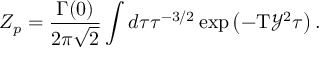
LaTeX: { Z _ { p } } = { \frac { \Gamma ( 0 ) } { 2 \pi \sqrt { 2 } } } \int d \tau { \tau ^ { - 3 / 2 } } \exp \left( - \mathrm { T } { \mathcal { Y } ^ { 2 } } \tau \right) .